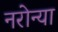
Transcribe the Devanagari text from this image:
नरोन्या